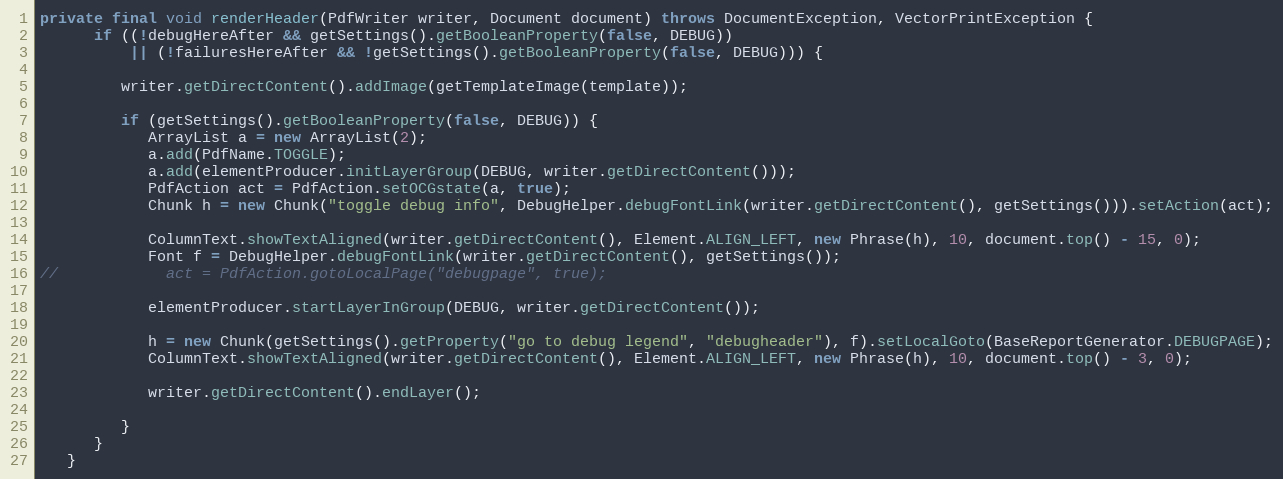
Language: Java
private final void renderHeader(PdfWriter writer, Document document) throws DocumentException, VectorPrintException {
      if ((!debugHereAfter && getSettings().getBooleanProperty(false, DEBUG))
          || (!failuresHereAfter && !getSettings().getBooleanProperty(false, DEBUG))) {

         writer.getDirectContent().addImage(getTemplateImage(template));

         if (getSettings().getBooleanProperty(false, DEBUG)) {
            ArrayList a = new ArrayList(2);
            a.add(PdfName.TOGGLE);
            a.add(elementProducer.initLayerGroup(DEBUG, writer.getDirectContent()));
            PdfAction act = PdfAction.setOCGstate(a, true);
            Chunk h = new Chunk("toggle debug info", DebugHelper.debugFontLink(writer.getDirectContent(), getSettings())).setAction(act);

            ColumnText.showTextAligned(writer.getDirectContent(), Element.ALIGN_LEFT, new Phrase(h), 10, document.top() - 15, 0);
            Font f = DebugHelper.debugFontLink(writer.getDirectContent(), getSettings());
//            act = PdfAction.gotoLocalPage("debugpage", true);

            elementProducer.startLayerInGroup(DEBUG, writer.getDirectContent());

            h = new Chunk(getSettings().getProperty("go to debug legend", "debugheader"), f).setLocalGoto(BaseReportGenerator.DEBUGPAGE);
            ColumnText.showTextAligned(writer.getDirectContent(), Element.ALIGN_LEFT, new Phrase(h), 10, document.top() - 3, 0);

            writer.getDirectContent().endLayer();

         }
      }
   }